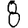
Digit: 8